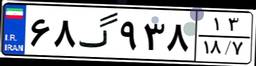
۶۸گ۹۳۸۱۳